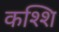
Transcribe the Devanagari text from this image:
कश्शि